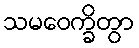
သမဝေက္ခိတွာ